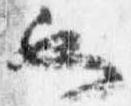
也